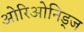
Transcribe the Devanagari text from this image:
ओरिओनिड्ज